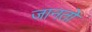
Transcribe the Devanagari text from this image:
जानतो